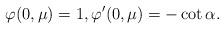
LaTeX: \begin{align*}\varphi(0,\mu)=1,\varphi'(0,\mu)=-\cot\alpha.\end{align*}